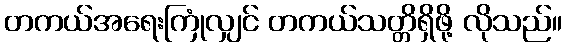
တကယ်အရေးကြုံလျှင် တကယ်သတ္တိရှိဖို့ လိုသည်။